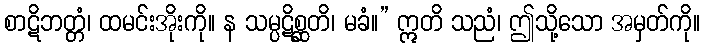
စာဋိဘတ္တံ၊ ထမင်းအိုးကို။ န သမ္ပဋိစ္ဆတိ၊ မခံ။” ဣတိ သညံ၊ ဤသို့သော အမှတ်ကို။